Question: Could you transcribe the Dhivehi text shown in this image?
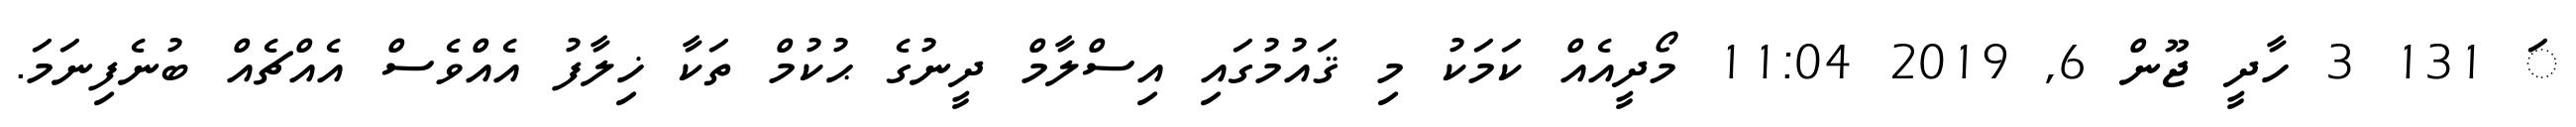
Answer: ަ 131 3 ހާދީ ޖޫން 6, 2019 11:04 މޯދީއެއް ކަމަކު މި ޤައުމުގައި އިސްލާމް ދީނުގެ ޙުކުމް ތަކާ ޚިލާފު އެއްވެސް އެއްޗެއް ބުނެފިނަމަ.